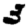
Digit: 3